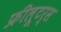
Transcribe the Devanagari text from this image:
फ्रीलूटर्स